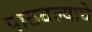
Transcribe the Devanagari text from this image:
पाठवल्याचे